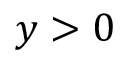
y > 0